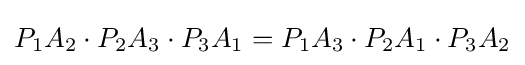
P_{1}A_{2}\cdot P_{2}A_{3}\cdot P_{3}A_{1}=P_{1}A_{3}\cdot P_{2}A_{1}\cdot P_{3}A_{2}